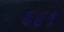
૬૬૧